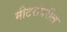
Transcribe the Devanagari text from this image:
मीटरांवरील